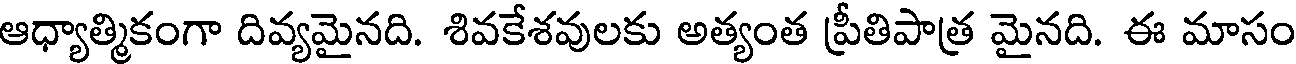
ఆధ్యాత్మికంగా దివ్యమైనది. శివకేశవులకు అత్యంత ప్రీతిపాత్ర మైనది. ఈ మాసం